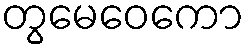
တွမေဝေကော